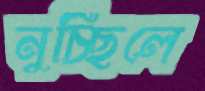
নুচ্ছিলে